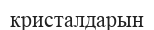
кристалдарын